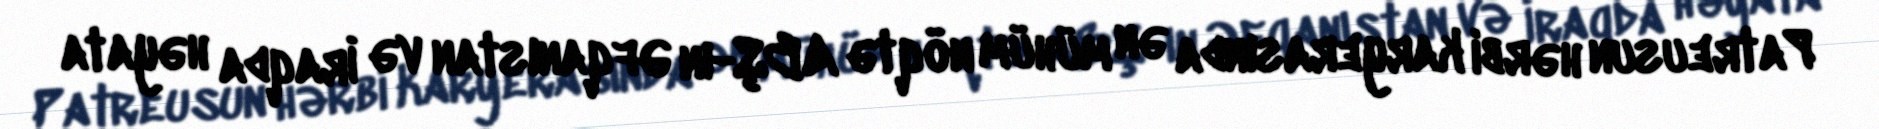
Patreusun hərbi karyerasında ən mühüm nöqtə ABŞ-ın Əfqanıstan və İraqda həyata